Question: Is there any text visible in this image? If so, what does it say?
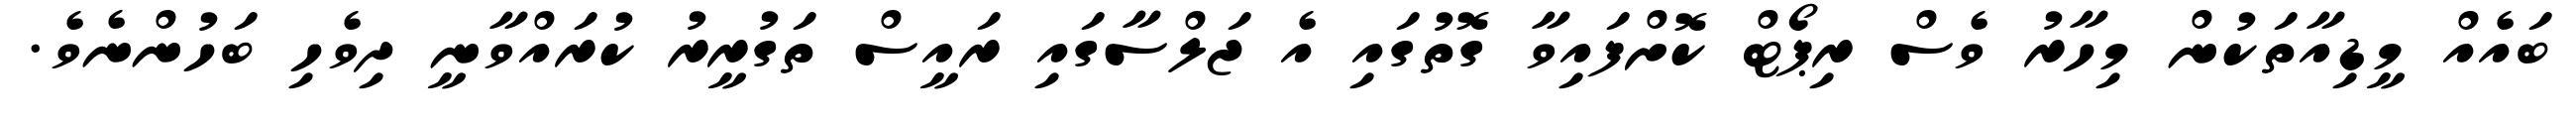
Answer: ބައެއް މީޑިއާތަކުން މިހާރު ވެސް ރިޕޯޓް ކޮށްފައިވާ ގޮތުގައި އެ ޖަލްސާގައި ރައީސް ތަގުރީރު ކުރައްވާނީ ދިވެހި ބަހުންނެވެ.